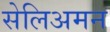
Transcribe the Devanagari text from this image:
सेलिअमन